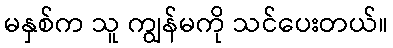
မနှစ်က သူ ကျွန်မကို သင်ပေးတယ်။